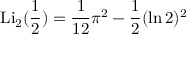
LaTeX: \operatorname { L i } _ { 2 } ( { \frac { 1 } { 2 } } ) = { \frac { 1 } { 1 2 } } \pi ^ { 2 } - { \frac { 1 } { 2 } } ( \ln 2 ) ^ { 2 }